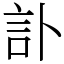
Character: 訃